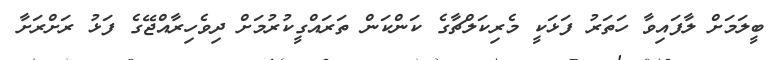
ބީލަމަށް ލާފައިވާ ހަތަރު ފަޅަކީ މެރިކަލްޗާގެ ކަންކަން ތަރައްގީކުރުމަށް ދިވެހިރާއްޖޭގެ ފަޅު ރަށްރަށާ